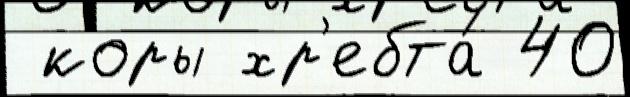
 коры хр'ебта́ 40